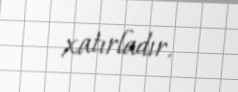
xatırladır.